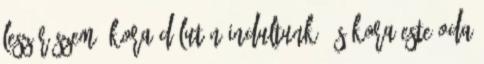
lesz részem. Kora délután indultunk, és kora este oda